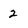
Character: 2